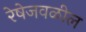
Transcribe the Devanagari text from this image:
रेषेजवळील